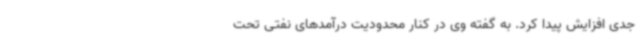
جدی افزایش پیدا کرد. به گفته وی در کنار محدودیت درآمدهای نفتی تحت